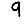
Digit: 9